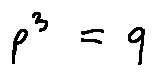
p ^ { 3 } = q